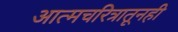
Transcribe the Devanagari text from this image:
आत्मचरित्रातूनही